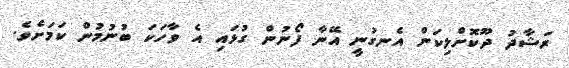
ރަޝާދު ދޫކޮށްލިކަން އެނގުނީ އޭނާ ފޯނުން ގުޅައި އެ ވާހަކަ ބުނުމުން ކަމަށެވެ.